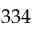
3 3 4